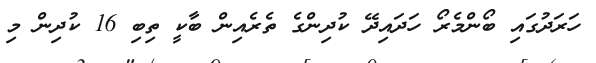
ހަރަދުގައި ބޯންމެރޯ ހަދައިދޭ ކުދިންގެ ތެރެއިން ބާކީ ތިބި 16 ކުދިން މި